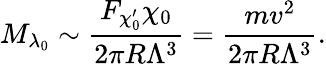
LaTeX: M_{\lambda_{0}}\sim{\frac{F_{\chi_{0}^{\prime}}\chi_{0}}{2\pi R\Lambda^{3}}}={\frac{mv^{2}}{2\pi R\Lambda^{3}}}.